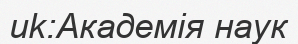
uk:Академія наук